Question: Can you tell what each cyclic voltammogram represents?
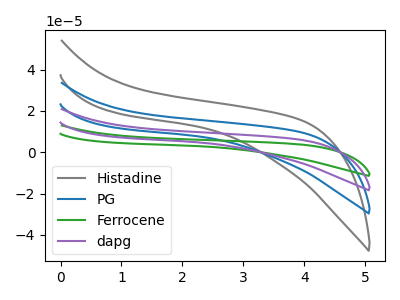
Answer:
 <answer>The gray curve is labeled "Histadine". The blue curve is labeled "PG". The green curve is labeled "Ferrocene". The purple curve is labeled "dapg".</answer>
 <eval></eval>